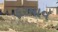
ફરમાવ